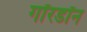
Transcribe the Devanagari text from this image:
गॉरडॉन